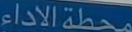
محطة الاداء